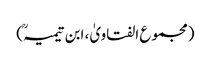
(مجموع الفتاویٰ، ابن تیمیہؒ)